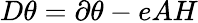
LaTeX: D\theta=\partial\theta-eAH